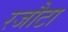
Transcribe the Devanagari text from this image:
रजौटा